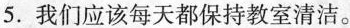
5.我们应该每天都保持教室清洁。